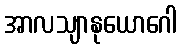
အာလသျာနုယောဂေါ